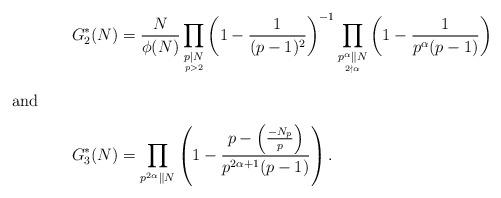
LaTeX: \begin{align*}G^*_2(N)&=\frac{N}{\phi(N)}\prod_{\underset{p>2}{p\mid N}}\left(1-\frac{1}{(p-1)^2}\right)^{-1}\prod_{\underset{2\nmid \alpha}{p^\alpha \parallel N}}\left(1-\frac{1}{p^\alpha(p-1)} \right)\\ \intertext{and} G^*_3(N)&=\prod_{p^{2\alpha} \parallel N}\left(1-\frac{p-\left(\frac{-N_p}{p}\right)}{p^{2\alpha+1}(p-1)} \right).\end{align*}